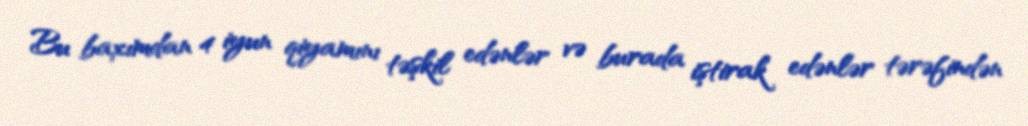
Bu baxımdan 4 iyun qiyamını təşkil edənlər və burada iştirak edənlər tərəfindən